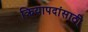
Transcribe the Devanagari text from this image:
क्रियापदांसाठी